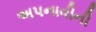
અપનાવીની